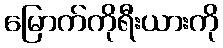
မြောက်ကိုရီးယားကို